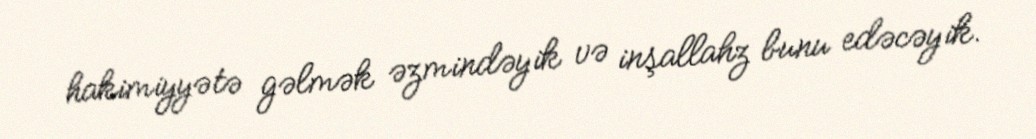
hakimiyyətə gəlmək əzmindəyik və inşallahz bunu edəcəyik.